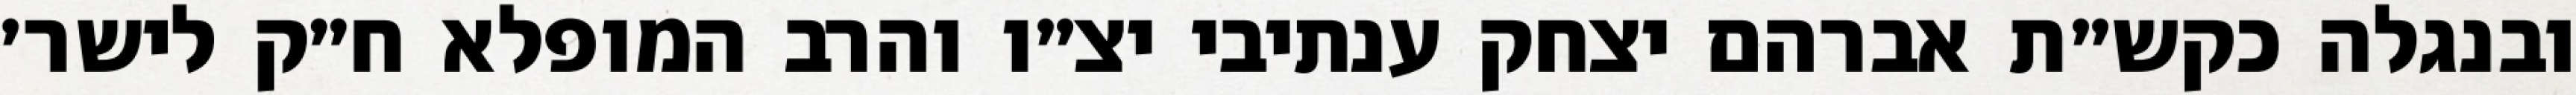
ובנגלה כקש״ת אברהם יצחק ענתיבי יצ״ו והרב המופלא ח״ק לישר׳